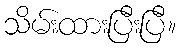
သိမ်းထားပြီးပြီ။